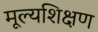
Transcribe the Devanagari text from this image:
मूल्यशिक्षण